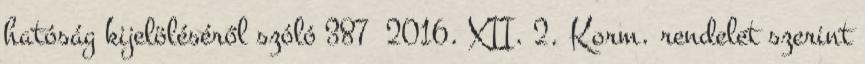
hatóság kijelöléséről szóló 387 2016. XII. 2. Korm. rendelet szerint